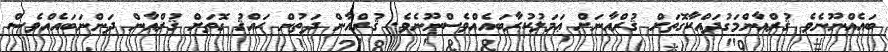
ބައެއްނޫނެވެ ޤުރްއާންމަގުދައްކާގޮތަށް ޤުރްއާނަށް ޢަމަލުކުރާބައެއްވެސްނޫނެވެ. ޤުރްއާން ދަތުން ޙައްޤު ގޮތަށް ޤުރްއާން ދަންނަބައެއްވެސް